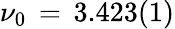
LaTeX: \nu_{0}\, =\, 3.423(1)